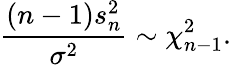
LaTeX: {\frac{(n-1)s_{n}^{2}}{\sigma^{2}}}\sim\chi_{n-1}^{2}.